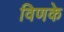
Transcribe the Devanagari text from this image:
विणके